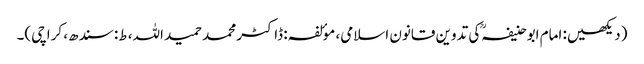
(دیکھیں: امام ابوحنیفہکی تدوین قانون اسلامی، موٴلفہ: ڈاکٹر محمد حمید اللہ، ط: سندھ، کراچی)۔